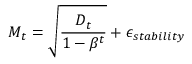
\boldsymbol { M } _ { t } = \sqrt { \frac { \boldsymbol { D } _ { t } } { 1 - \beta ^ { t } } } + \epsilon _ { s t a b i l i t y }